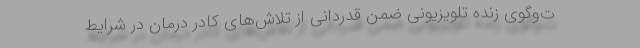
ت‌وگوی زنده تلویزیونی ضمن قدردانی از تلاش‌های کادر درمان در شرایط